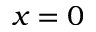
x = 0